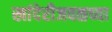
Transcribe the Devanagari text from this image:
खांदेरीजवळच्या